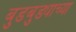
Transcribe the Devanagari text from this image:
बुडबुड्याच्या